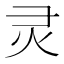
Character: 灵